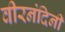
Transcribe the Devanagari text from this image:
वीरनंदिनी